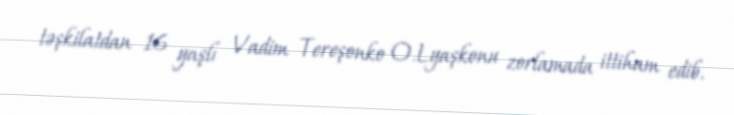
təşkilatdan 16 yaşlı Vadim Tereşonko O.Lyaşkonu zorlamada ittiham edib.